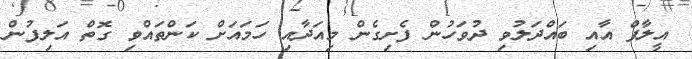
އީލާފް އާއި ބައްދަލުވި ދުވަހުން ފެށިގެން މިއަދާއި ހަމައަށް ކަންތައްވި ގޮތް އަލިފުން